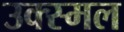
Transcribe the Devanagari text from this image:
उक्स्मल